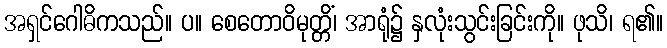
အရှင်ဂေါဓိကသည်။ ပ။ စေတောဝိမုတ္တိံ၊ အာရုံ၌ နှလုံးသွင်းခြင်းကို။ ဖုသိ၊ ရ၏။